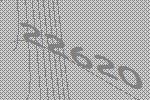
22620